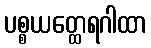
ပစ္စယတ္ထေရဂါထာ